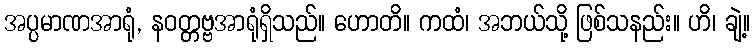
အပ္ပမာဏအာရုံ, နဝတ္တဗ္ဗအာရုံရှိသည်။ ဟောတိ။ ကထံ၊ အဘယ်သို့ ဖြစ်သနည်း။ ဟိ၊ ချဲ့။